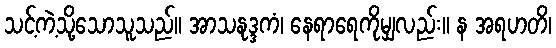
သင့်ကဲ့သို့သောသူသည်။ အာသနုဒ္ဒကံ၊ နေရာရေကိုမျှလည်း။ န အရဟတိ၊